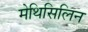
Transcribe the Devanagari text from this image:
मेथिसिलिन